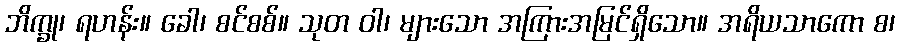
ဘိက္ခု၊ ရဟန်း။ ခေါ၊ စင်စစ်။ သုတ ဝါ၊ များသော အကြားအမြင်ရှိသော။ အရိယသာကော စ၊